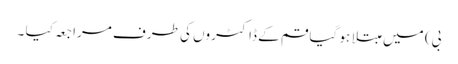
بی) میں مبتلا ہو گیا قم کے ڈاکٹروں کی طرف مراجعہ کیا ۔